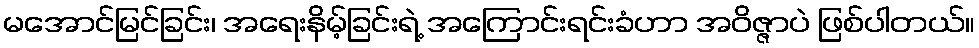
မအောင်မြင်ခြင်း၊ အရေးနိမ့်ခြင်းရဲ့ အကြောင်းရင်းခံဟာ အဝိဇ္ဇာပဲ ဖြစ်ပါတယ်။